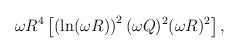
LaTeX: \begin{align*}\omega R^4 \left[ \left( \ln(\omega R) \right )^2 (\omega Q)^2 (\omega R)^2 \right ],\end{align*}